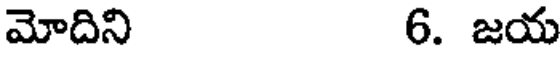
మోదిని 6. జయ